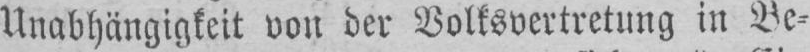
Unabhängigkeit von der Volksvertretung in Be⸗